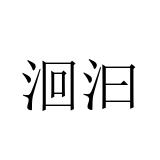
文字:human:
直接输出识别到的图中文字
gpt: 洄汩